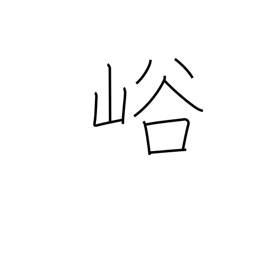
Meaning: ravine